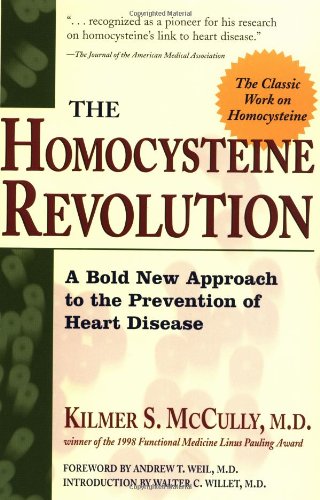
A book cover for The Homocysteine Revolution; Kilmer McCully; Health, Fitness & Dieting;